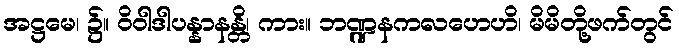
အဋ္ဌမေ၊ ၌။ ဝိဝါဒါပန္နာနန္တိ၊ ကား။ ဘဏ္ဍနကလဟေဟိ၊ မိမိတို့ဖက်တွင်